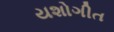
યશોગીત